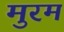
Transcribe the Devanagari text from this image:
मुरम